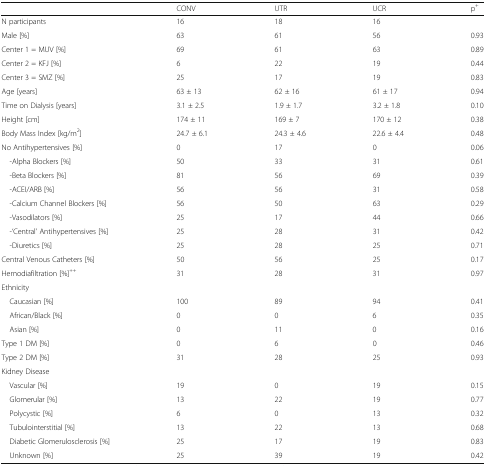
<table><thead><tr><td></td><td><b>CONV</b></td><td><b>UTR</b></td><td><b>UCR</b></td><td><b>p<sup>+</sup></b></td></tr></thead><tbody><tr><td>N participants</td><td>16</td><td>18</td><td>16</td><td></td></tr><tr><td>Male [%]</td><td>63</td><td>61</td><td>56</td><td>0.93</td></tr><tr><td>Center 1 = MUV [%]</td><td>69</td><td>61</td><td>63</td><td>0.89</td></tr><tr><td>Center 2 = KFJ [%]</td><td>6</td><td>22</td><td>19</td><td>0.44</td></tr><tr><td>Center 3 = SMZ [%]</td><td>25</td><td>17</td><td>19</td><td>0.83</td></tr><tr><td>Age [years]</td><td>63 ± 13</td><td>62 ± 16</td><td>61 ± 17</td><td>0.94</td></tr><tr><td>Time on Dialysis [years]</td><td>3.1 ± 2.5</td><td>1.9 ± 1.7</td><td>3.2 ± 1.8</td><td>0.10</td></tr><tr><td>Height [cm]</td><td>174 ± 11</td><td>169 ± 7</td><td>170 ± 12</td><td>0.38</td></tr><tr><td>Body Mass Index [kg/m<sup>2</sup>]</td><td>24.7 ± 6.1</td><td>24.3 ± 4.6</td><td>22.6 ± 4.4</td><td>0.48</td></tr><tr><td>No Antihypertensives [%]</td><td>0</td><td>17</td><td>0</td><td>0.06</td></tr><tr><td> -Alpha Blockers [%]</td><td>50</td><td>33</td><td>31</td><td>0.61</td></tr><tr><td> -Beta Blockers [%]</td><td>81</td><td>56</td><td>69</td><td>0.39</td></tr><tr><td> -ACEI/ARB [%]</td><td>56</td><td>56</td><td>31</td><td>0.58</td></tr><tr><td> -Calcium Channel Blockers [%]</td><td>56</td><td>50</td><td>63</td><td>0.29</td></tr><tr><td> -Vasodilators [%]</td><td>25</td><td>17</td><td>44</td><td>0.66</td></tr><tr><td> -‘Central’ Antihypertensives [%]</td><td>25</td><td>28</td><td>31</td><td>0.42</td></tr><tr><td> -Diuretics [%]</td><td>25</td><td>28</td><td>25</td><td>0.71</td></tr><tr><td>Central Venous Catheters [%]</td><td>50</td><td>56</td><td>25</td><td>0.17</td></tr><tr><td>Hemodiafiltration [%]<sup>++</sup></td><td>31</td><td>28</td><td>31</td><td>0.97</td></tr><tr><td colspan="5">Ethnicity</td></tr><tr><td> Caucasian [%]</td><td>100</td><td>89</td><td>94</td><td>0.41</td></tr><tr><td> African/Black [%]</td><td>0</td><td>0</td><td>6</td><td>0.35</td></tr><tr><td> Asian [%]</td><td>0</td><td>11</td><td>0</td><td>0.16</td></tr><tr><td>Type 1 DM [%]</td><td>0</td><td>6</td><td>0</td><td>0.46</td></tr><tr><td>Type 2 DM [%]</td><td>31</td><td>28</td><td>25</td><td>0.93</td></tr><tr><td colspan="5">Kidney Disease</td></tr><tr><td> Vascular [%]</td><td>19</td><td>0</td><td>19</td><td>0.15</td></tr><tr><td> Glomerular [%]</td><td>13</td><td>22</td><td>19</td><td>0.77</td></tr><tr><td> Polycystic [%]</td><td>6</td><td>0</td><td>13</td><td>0.32</td></tr><tr><td> Tubulointerstitial [%]</td><td>13</td><td>22</td><td>13</td><td>0.68</td></tr><tr><td> Diabetic Glomerulosclerosis [%]</td><td>25</td><td>17</td><td>19</td><td>0.83</td></tr><tr><td> Unknown [%]</td><td>25</td><td>39</td><td>19</td><td>0.42</td></tr></tbody></table>